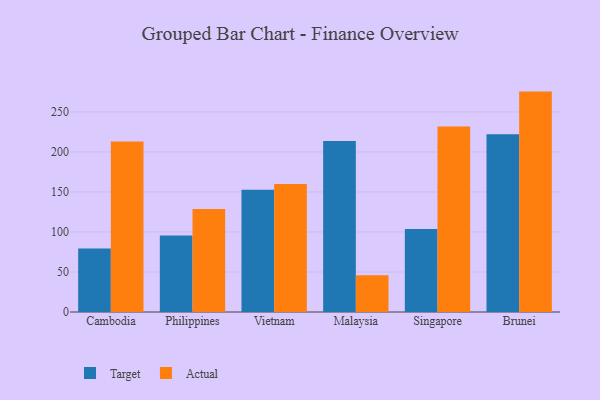
{"axis": {"x": "Country", "y": "Operating Costs (USD K)"}, "legend": ["Actual", "Target"], "data": [{"x": "Cambodia", "y": 79.4, "type": "Target"}, {"x": "Cambodia", "y": 213.1, "type": "Actual"}, {"x": "Philippines", "y": 95.6, "type": "Target"}, {"x": "Philippines", "y": 128.7, "type": "Actual"}, {"x": "Vietnam", "y": 152.8, "type": "Target"}, {"x": "Vietnam", "y": 159.9, "type": "Actual"}, {"x": "Malaysia", "y": 213.8, "type": "Target"}, {"x": "Malaysia", "y": 45.9, "type": "Actual"}, {"x": "Singapore", "y": 103.7, "type": "Target"}, {"x": "Singapore", "y": 231.8, "type": "Actual"}, {"x": "Brunei", "y": 222.2, "type": "Target"}, {"x": "Brunei", "y": 275.4, "type": "Actual"}]}